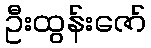
ဦးထွန်းဇော်